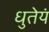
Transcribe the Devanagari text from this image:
धुतेयं